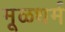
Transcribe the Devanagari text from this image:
मूळधर्म